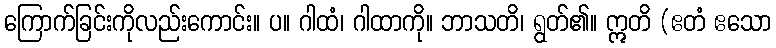
ကြောက်ခြင်းကိုလည်းကောင်း။ ပ။ ဂါထံ၊ ဂါထာကို။ ဘာသတိ၊ ရွတ်၏။ ဣတိ (ဧတံ ဧသော